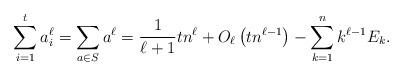
LaTeX: \begin{align*}\sum_{i=1}^t a_i^\ell=\sum_{a\in S}a^\ell=\frac{1}{\ell+1}tn^{\ell}+O_\ell\left(tn^{\ell-1}\right)-\sum_{k=1}^{n}k^{\ell-1}E_k.\end{align*}